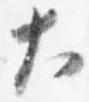
大